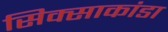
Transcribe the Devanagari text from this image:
सिक्साकांडा